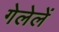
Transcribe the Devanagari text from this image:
गेलेलें